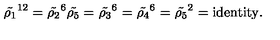
{ \tilde { \rho _ { 1 } } } ^ { 1 2 } = { \tilde { \rho _ { 2 } } } ^ { 6 } { \tilde { \rho _ { 5 } } } = { \tilde { \rho _ { 3 } } } ^ { 6 } = { \tilde { \rho _ { 4 } } } ^ { 6 } = { \tilde { \rho _ { 5 } } } ^ { 2 } = \mathrm { i d e n t i t y } .